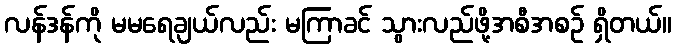
လန်ဒန်ကို မမရေချယ်လည်း မကြာခင် သွားလည်ဖို့အစီအစဉ် ရှိတယ်။